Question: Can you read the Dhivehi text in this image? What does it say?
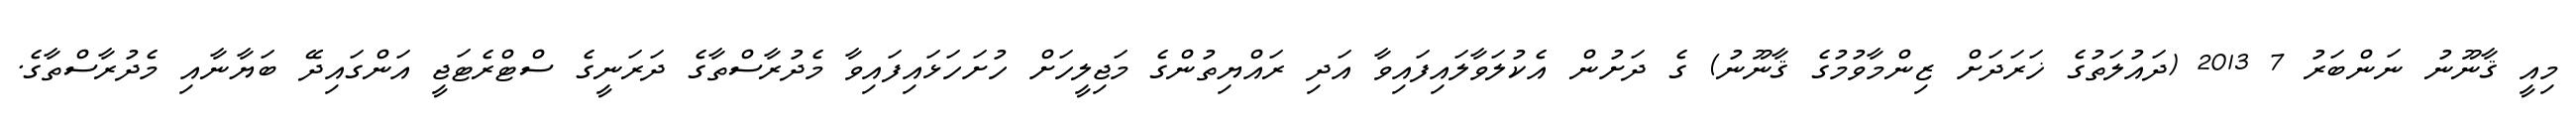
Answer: މިއީ ޤާނޫނު ނަންބަރު 7 2013 (ދައުލަތުގެ ޚަރަދަށް ޒިންމާވުމުގެ ޤާނޫނު) ގެ ދަށުން އެކުލަވާލައިފައިވާ އަދި ރައްޔިތުންގެ މަޖިލީހަށް ހުށަހަޅައިފައިވާ މެދުރާސްތާގެ ދަރަނީގެ ސްޓްރެޓަޖީ އަންގައިދޭ ބަޔާނާއި މެދުރާސްތާގެ.